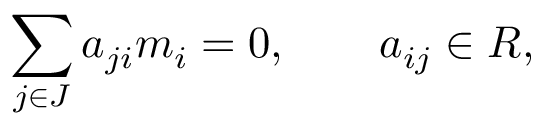
\sum _ { j \in J } a _ { j i } m _ { i } = 0 , \qquad a _ { i j } \in R ,